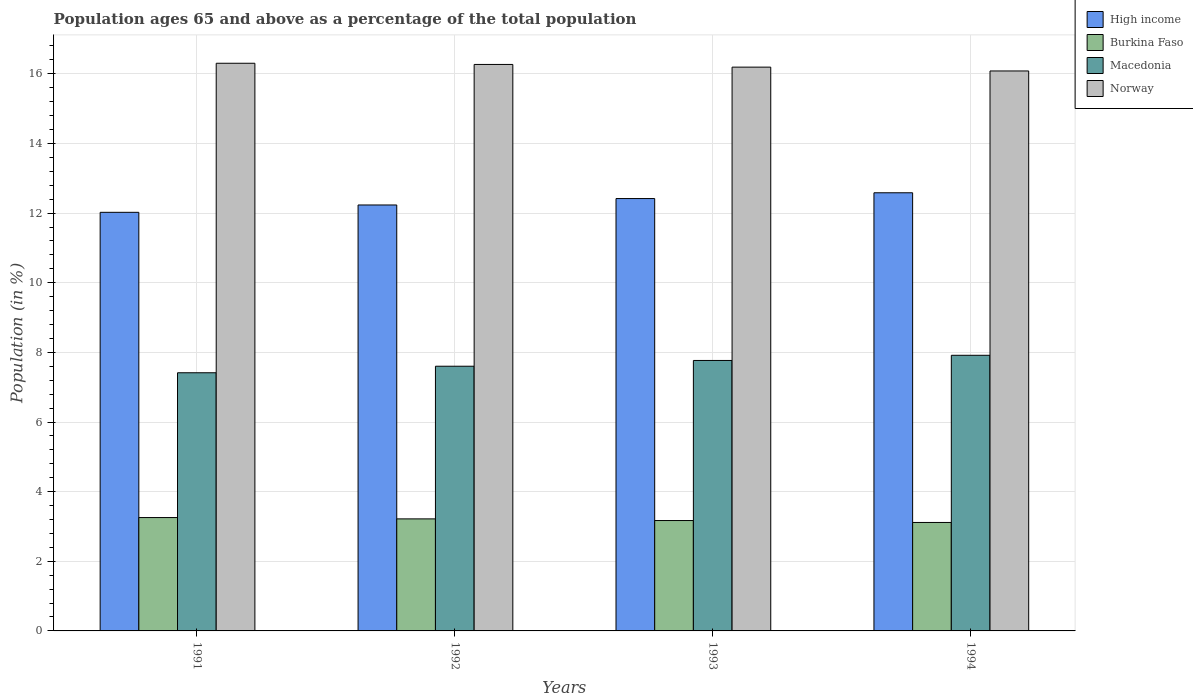
| Years | High income | Burkina Faso | Macedonia | Norway |
 | --- | --- | --- | --- | --- |
 | 1991 | 12 | 3.26 | 7.41 | 16.3 |
 | 1992 | 12.2 | 3.22 | 7.6 | 16.3 |
 | 1993 | 12.4 | 3.17 | 7.77 | 16.2 |
 | 1994 | 12.6 | 3.11 | 7.92 | 16.1 |